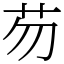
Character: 芴